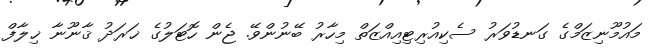
މައުމޫނިޒަމްގެ ގަނޑުވަރު ސެކިއުރިޓިއިއްޒަތް މިހާރު ބޭނުންވޭ. ޖެން ހޮޓަލުގެ ޚަރަދު ޤާނޫނާ ޚިލާފް